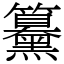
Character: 䵵